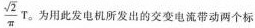
$$\frac{\sqrt{2}}{\pi}T$$。为用此发电机所发出的交变电流带动两个标